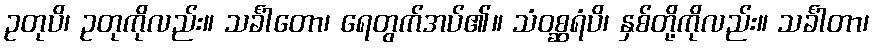
ဥတုပိ၊ ဥတုကိုလည်း။ သင်္ခါတော၊ ရေတွက်အပ်၏။ သံဝစ္ဆရံပိ၊ နှစ်တို့ကိုလည်း။ သင်္ခါတာ၊